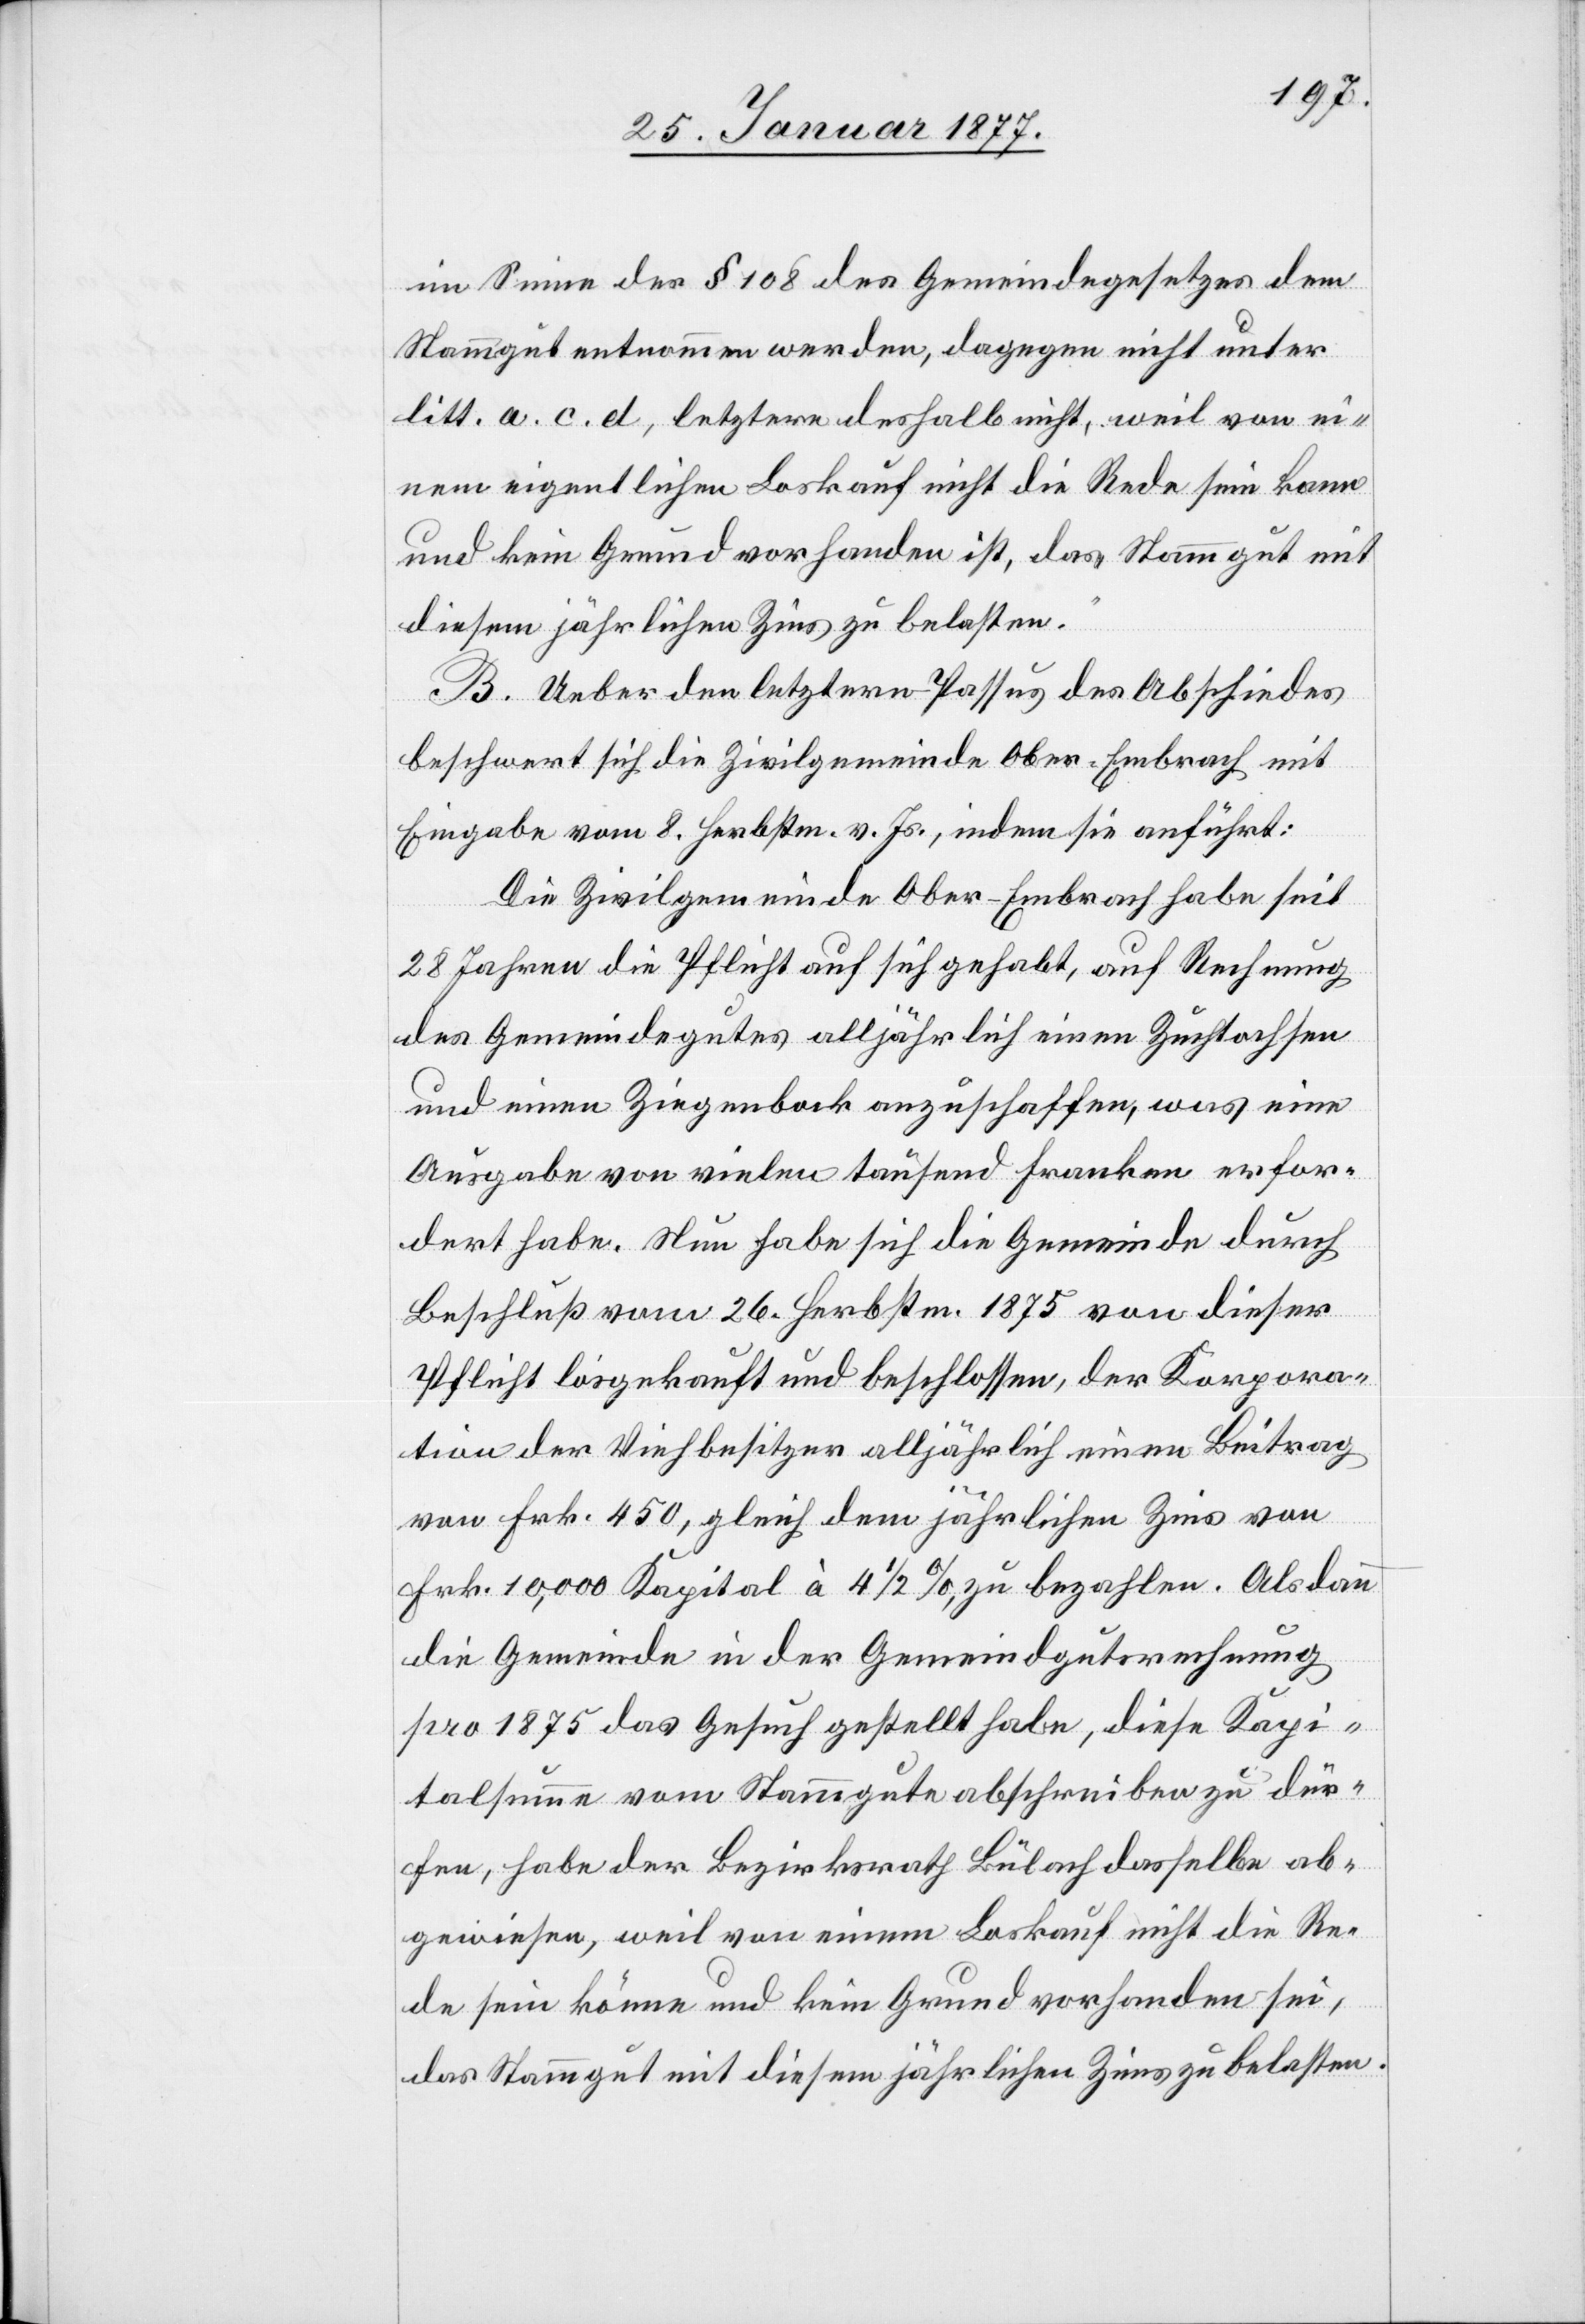
im Sinne des § 108 des Gemeindegesetzes dem
Stammgut entnommen werden, dagegen nicht unter
litt. a. c. d., letztere deshalb nicht, weil von ei¬
nem eigentlichen Loskauf nicht die Rede sein kann
und kein Grund vorhanden ist, das Stammgut mit
diesem jährlichen Zins zu belasten.“
B. Ueber den letztern Passus des Abschiedes
beschwert sich die Zivilgemeinde Ober-Embrach mit
Eingabe vom 8. Herbstm. v. Js., indem sie anführt:
Die Zivilgemeinde Ober-Embrach habe seit
28 Jahren die Pflicht auf sich gehabt, auf Rechnung
des Gemeindegutes alljährlich einen Zuchtochsen
und einen Ziegenbock anzuschaffen, was eine
Ausgabe von vielen tausend Franken erfor¬
dert habe. Nun habe sich die Gemeinde durch
Beschluß vom 26. Herbstm. 1875 von dieser
Pflicht losgekauft und beschlossen, der Korpora¬
tion der Viehbesitzer alljährlich einen Beitrag
von Frk. 450, gleich dem jährlichen Zins von
Frk. 10,000 Kapital à 4 1/2%, zu bezahlen. Als dann
die Gemeinde in der Gemeindgutsrechnung
pro 1875 das Gesuch gestellt habe, diese Kapi¬
talsumme vom Stammgute abschreiben zu dür¬
fen, habe der Bezirksrath Bülach dasselbe ab¬
gewiesen, weil von einem Loskauf nicht die Re¬
de sein könne und kein Grund vorhanden sei,
das Stammgut mit diesem jährlichen Zins zu belasten.